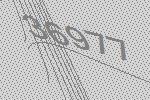
36977